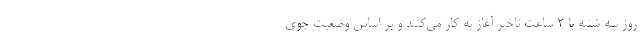
روز سه شنبه با ۲ ساعت تاخیر آغاز به کار می‌کنند و بر اساس وضعیت جوی